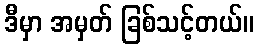
ဒီမှာ အမှတ် ခြစ်သင့်တယ်။